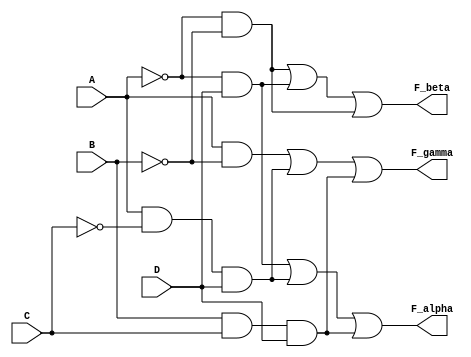
// functions
// Fa = A'B'D' + AC'D + BCD
// Fb = A'B' + A'C'D + BCD
// Fg = AB' + AC'D + BCD

module multiple_output_circuit(F_alpha, F_beta, F_gamma, A, B, C, D);
	input A, B, C, D;
	output	F_alpha, F_beta, F_gamma;
	wire [0:8] W;

	// NOT gates
	not g1(W[0], A);
	not g2(W[1], B);
	not g3(W[2], C);
	not g4(W[3], D);

	// AND gates
	and g5(W[4], W[0], D);
	and g6(W[5], A, W[2], D);
	and g7(W[6], B, C, D);
	and g8(W[7], W[0], W[1]);
	and g9(W[8], A, W[1]);

	// OR gates (final)
	or g10(F_alpha, W[4], W[5], W[6]);
	or g11(F_beta, W[7], W[4], W[7]);
	or g12(F_gamma, W[8], W[5], W[6]);
endmodule